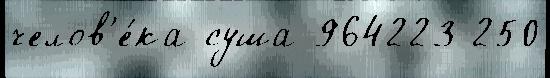
челов'е́ка суша 964223 250